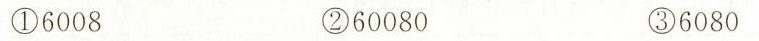
①6008 ②60080 ③6080